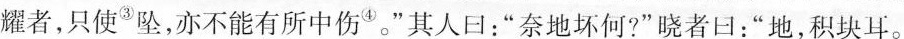
耀者,只使^{③}坠,亦不能有所中伤^{④} 。"其人曰:“奈地坏何?”晓者曰:“地，积块耳。